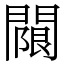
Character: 𨵬